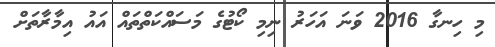
މި ހިނގާ 2016 ވަނަ އަހަރު ނިމި ކޯޓުގެ މަސައްކަތްތައް އައު އިމާރާތަށް